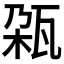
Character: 𬎨